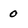
Character: 0